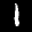
Label: 1